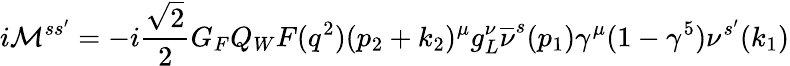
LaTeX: i\mathcal{M}^{ss^{\prime}}=-i\frac{\sqrt{2}}{2}G_{F}Q_{W}F(q^{2})(p_{2}+k_{2})^{\mu}g_{L}^{\nu}\overline{{\nu}}^{s}(p_{1})\gamma^{\mu}(1-\gamma^{5})\nu^{s^{\prime}}(k_{1})